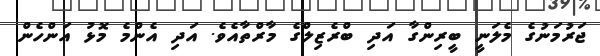
ޖަރުމަނުގެ މެލަނީ ބީރިންގާ އަދި ބްރެޒިލްގެ މާރްތާއެވެ. އަދި އެންމެ މޮޅު އަންހެން